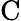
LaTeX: \mathrm{C}